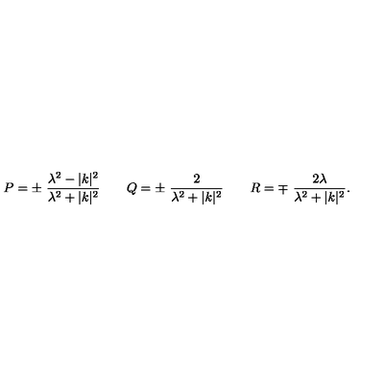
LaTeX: P = \pm \ { \frac { \lambda ^ { 2 } - | k | ^ { 2 } } { \lambda ^ { 2 } + | k | ^ { 2 } } } \qquad Q = \pm \ { \frac { 2 } { \lambda ^ { 2 } + | k | ^ { 2 } } } \qquad R = \mp \ { \frac { 2 \lambda } { \lambda ^ { 2 } + | k | ^ { 2 } } } .